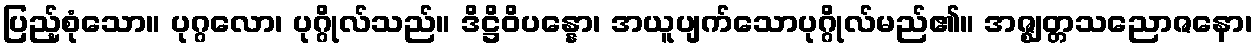
ပြည့်စုံသော။ ပုဂ္ဂလော၊ ပုဂ္ဂိုလ်သည်။ ဒိဋ္ဌိဝိပန္နော၊ အယူပျက်သောပုဂ္ဂိုလ်မည်၏။ အဇ္ဈတ္တသညောဇနော၊